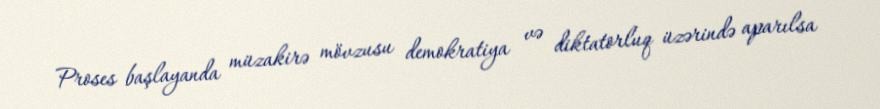
Proses başlayanda müzakirə mövzusu demokratiya və diktatorluq üzərində aparılsa